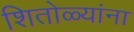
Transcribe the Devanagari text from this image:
शितोळ्यांना